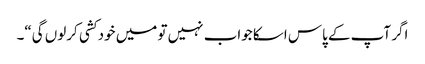
اگر آپ کے پاس اسکا جواب نہیں تو میں خود کشی کرلوں گی“۔